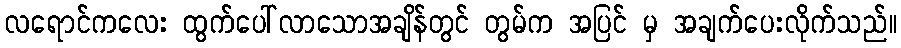
လရောင်ကလေး ထွက်ပေါ်လာသောအချိန်တွင် တွမ်က အပြင် မှ အချက်ပေးလိုက်သည်။